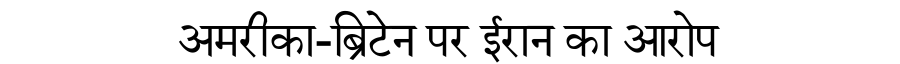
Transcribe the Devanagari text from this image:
अमरीका-ब्रिटेन पर ईरान का आरोप